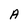
Character: A